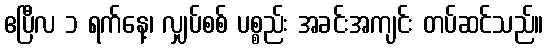
ဧပြီလ ၁ ရက်နေ့၊ လျှပ်စစ် ပစ္စည်း အခင်းအကျင်း တပ်ဆင်သည်။